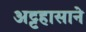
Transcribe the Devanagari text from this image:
अट्टहासाने